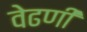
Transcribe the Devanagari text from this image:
वेढणी